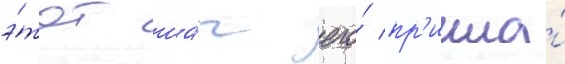
э́тот ша́г его́ пр'ишла́